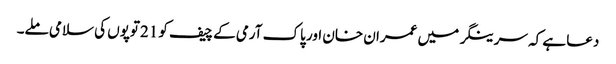
دعا ہے کہ سرینگر میں عمران خان اور پاک آرمی کے چیف کو 21توپوں کی سلامی ملے۔